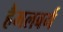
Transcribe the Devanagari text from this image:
हैमलबर्ग